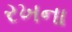
રખના